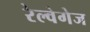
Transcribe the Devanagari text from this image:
रेल्वेगेज